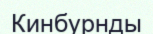
Кинбурнды